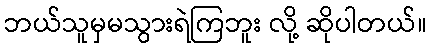
ဘယ်သူမှမသွားရဲကြဘူး လို့ ဆိုပါတယ်။